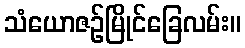
သံယောဇဉ်မြိုင်ခြေလမ်း။